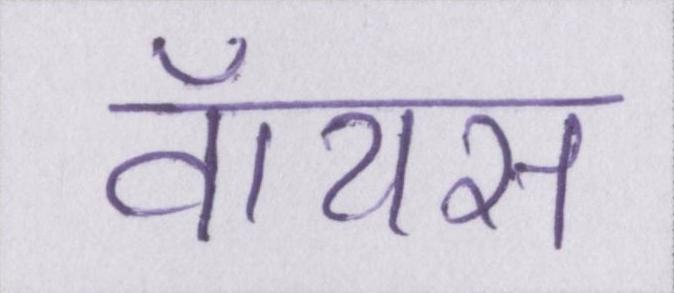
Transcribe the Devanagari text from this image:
वॉयस